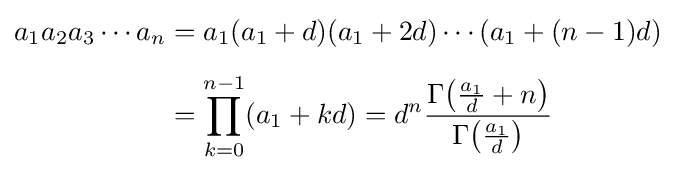
{\begin{aligned}a_{1}a_{2}a_{3}\cdots a_{n}&=a_{1}(a_{1}+d)(a_{1}+2d)\cdots (a_{1}+(n-1)d)\\[1ex]&=\prod _{k=0}^{n-1}(a_{1}+kd)=d^{n}{\frac {\Gamma {\left({\frac {a_{1}}{d}}+n\right)}}{\Gamma {\left({\frac {a_{1}}{d}}\right)}}}\end{aligned}}